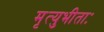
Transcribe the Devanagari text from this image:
मृत्युभीताः